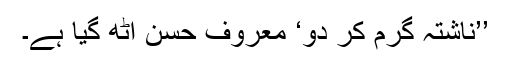
’’ناشتہ گرم کر دو‘ معروف حسن اٹھ گیا ہے۔